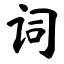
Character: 词